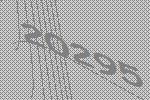
20295